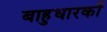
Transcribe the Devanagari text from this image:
बाहुधारकों